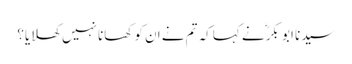
سیدنا ابو بکرؓ نے کہا کہ تم نے ان کو کھانا نہیں کھلایا؟